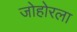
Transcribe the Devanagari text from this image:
जोहोरला